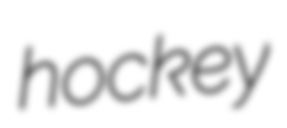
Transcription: hockey